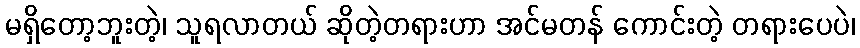
မရှိတော့ဘူးတဲ့၊ သူရလာတယ် ဆိုတဲ့တရားဟာ အင်မတန် ကောင်းတဲ့ တရားပေပဲ၊